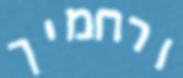
ורחמיך